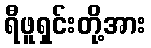
ရီဖူရှင်းတို့အား